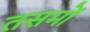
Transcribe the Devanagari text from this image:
तसमों